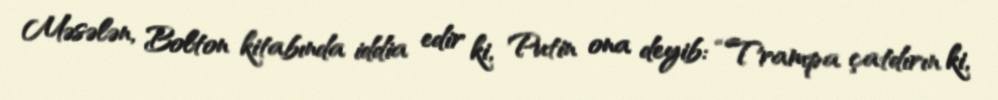
Məsələn, Bolton kitabında iddia edir ki, Putin ona deyib: “Trampa çatdırın ki,